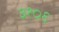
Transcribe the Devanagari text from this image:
३१०६